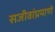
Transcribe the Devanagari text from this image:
सजीवांप्रमाणे